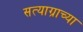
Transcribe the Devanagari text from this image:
सत्याग्राच्या